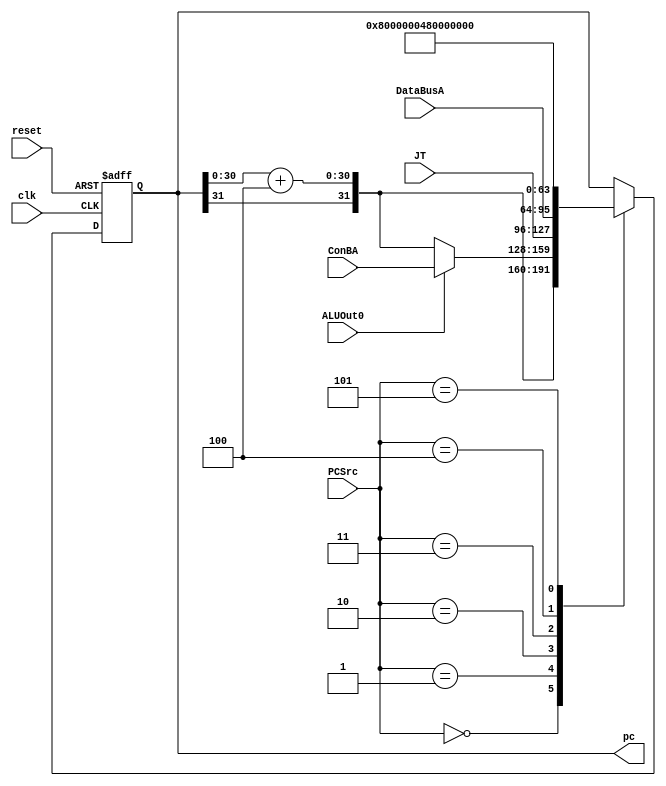
module PC(pc,reset,clk,PCSrc,ConBA,JT,DataBusA,ALUOut0);
input clk,reset,ALUOut0;
input [2:0] PCSrc;
input [31:0] DataBusA,ConBA,JT;
output reg [31:0] pc;
wire [31:0] pc_plus_4;
parameter ILLOP=32'h80000004;
parameter XADR=32'h80000008;

assign pc_plus_4[30:0]=pc[30:0]+4;
assign pc_plus_4[31]=pc[31];
always@(posedge clk or negedge reset)
begin
if(~reset) pc<=32'h00000000;
else 
case(PCSrc)
3'd0: pc<=pc_plus_4;
3'd1: pc<=(ALUOut0)?ConBA:pc_plus_4;
3'd2: pc<=JT;
3'd3: pc<=DataBusA;
3'd4: pc<=ILLOP;
3'd5: pc<=XADR;
endcase
end
endmodule